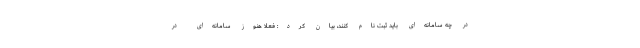
در چه سامانه‌ای باید ثبت نام کنند، بیان کرد: فعلا هنوز سامانه‌ای در